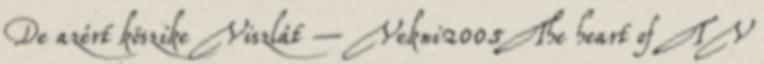
De azért köszike Viszlát – Vekni2005The heart of TV